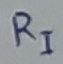
Text: RI